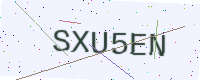
Text: SXU5EN